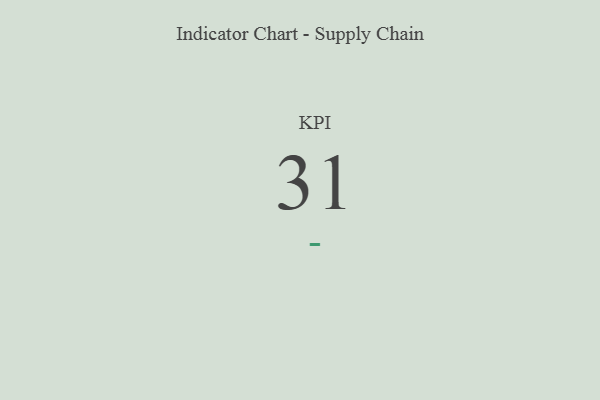
{"axis": {"x": "KPI", "y": "Value"}, "legend": [""], "data": [{"x": "KPI", "y": 31, "type": ""}]}